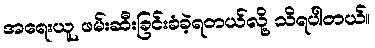
အရေးယူ ဖမ်းဆီးခြင်းခံခဲ့ရတယ်လို့ သိရပါတယ်။